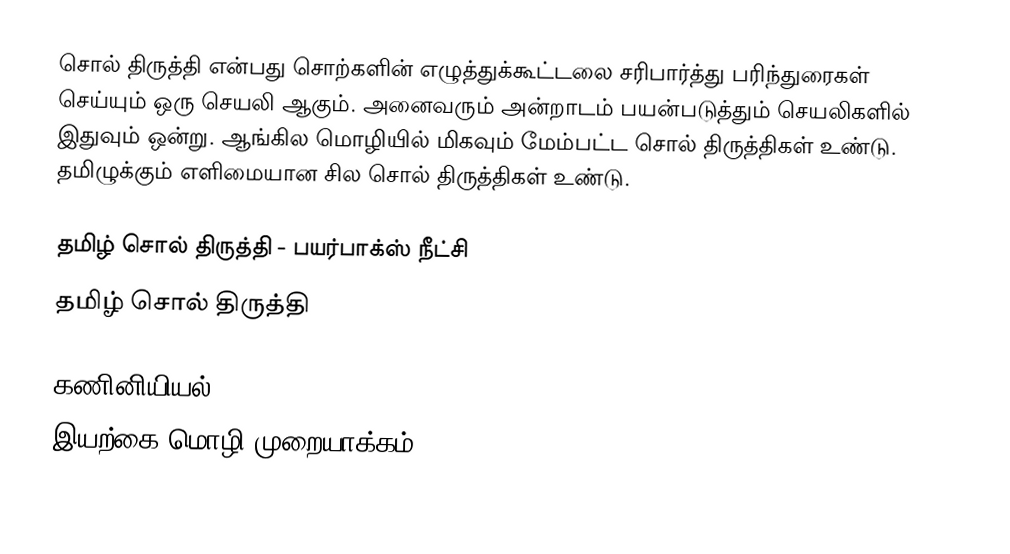
சொல் திருத்தி என்பது சொற்களின் எழுத்துக்கூட்டலை சரிபார்த்து பரிந்துரைகள் செய்யும் ஒரு செயலி ஆகும்.  அனைவரும் அன்றாடம் பயன்படுத்தும் செயலிகளில் இதுவும் ஒன்று.  ஆங்கில மொழியில் மிகவும் மேம்பட்ட சொல் திருத்திகள் உண்டு.  தமிழுக்கும் எளிமையான சில சொல் திருத்திகள் உண்டு.

தமிழ் சொல் திருத்தி - பயர்பாக்ஸ் நீட்சி
தமிழ் சொல் திருத்தி

கணினியியல்
இயற்கை மொழி முறையாக்கம்